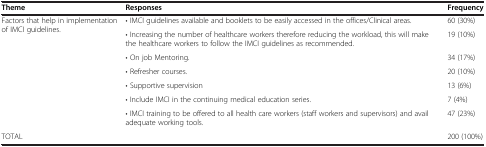
| Theme | Responses | Frequency |
 | --- | --- | --- |
 | <ROWSPAN=7> Factors that help in implementation of IMCI guidelines. | • IMCI guidelines available and booklets to be easily accessed in the offices/Clinical areas. | 60 (30%) |
 | • Increasing the number of healthcare workers therefore reducing the workload, this will make the healthcare workers to follow the IMCI guidelines as recommended. | 19 (10%) |
 | • On job Mentoring. | 34 (17%) |
 | • Refresher courses. | 20 (10%) |
 | • Supportive supervision | 13 (6%) |
 | • Include IMCI in the continuing medical education series. | 7 (4%) |
 | • IMCI training to be offered to all health care workers (staff workers and supervisors) and avail adequate working tools. | 47 (23%) |
 | TOTAL |  | 200 (100%) |